Report on vaccination in Madras 1877-1894 - 1877-1894
Year: 1877
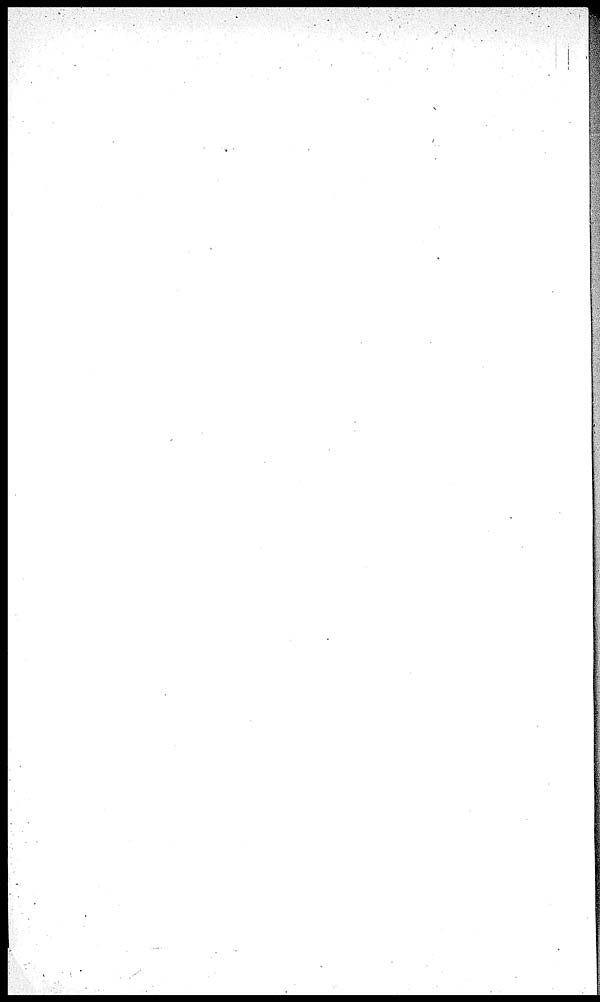
REPORT ON VACCINATION
IN
THE MADRAS PRESIDENCY
FOR THE YEAR
1887-88.
MADRAS:
PRINTED BY THE SUPERINTENDENT, GOVERNMENT PRESS.
[PRICE, 14 annas.]
1888.